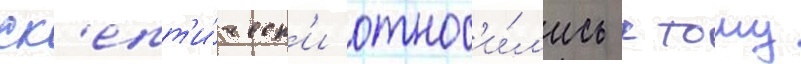
ск'епт'и́ческ'и относ'и́л'ись к тому